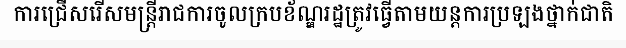
ការជ្រើសរើសមន្ត្រីរាជការចូលក្របខ័ណ្ឌរដ្ឋត្រូវធ្វើតាមយន្តការប្រឡងថ្នាក់ជាតិ